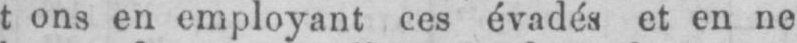
en employant ces évadés et en ne